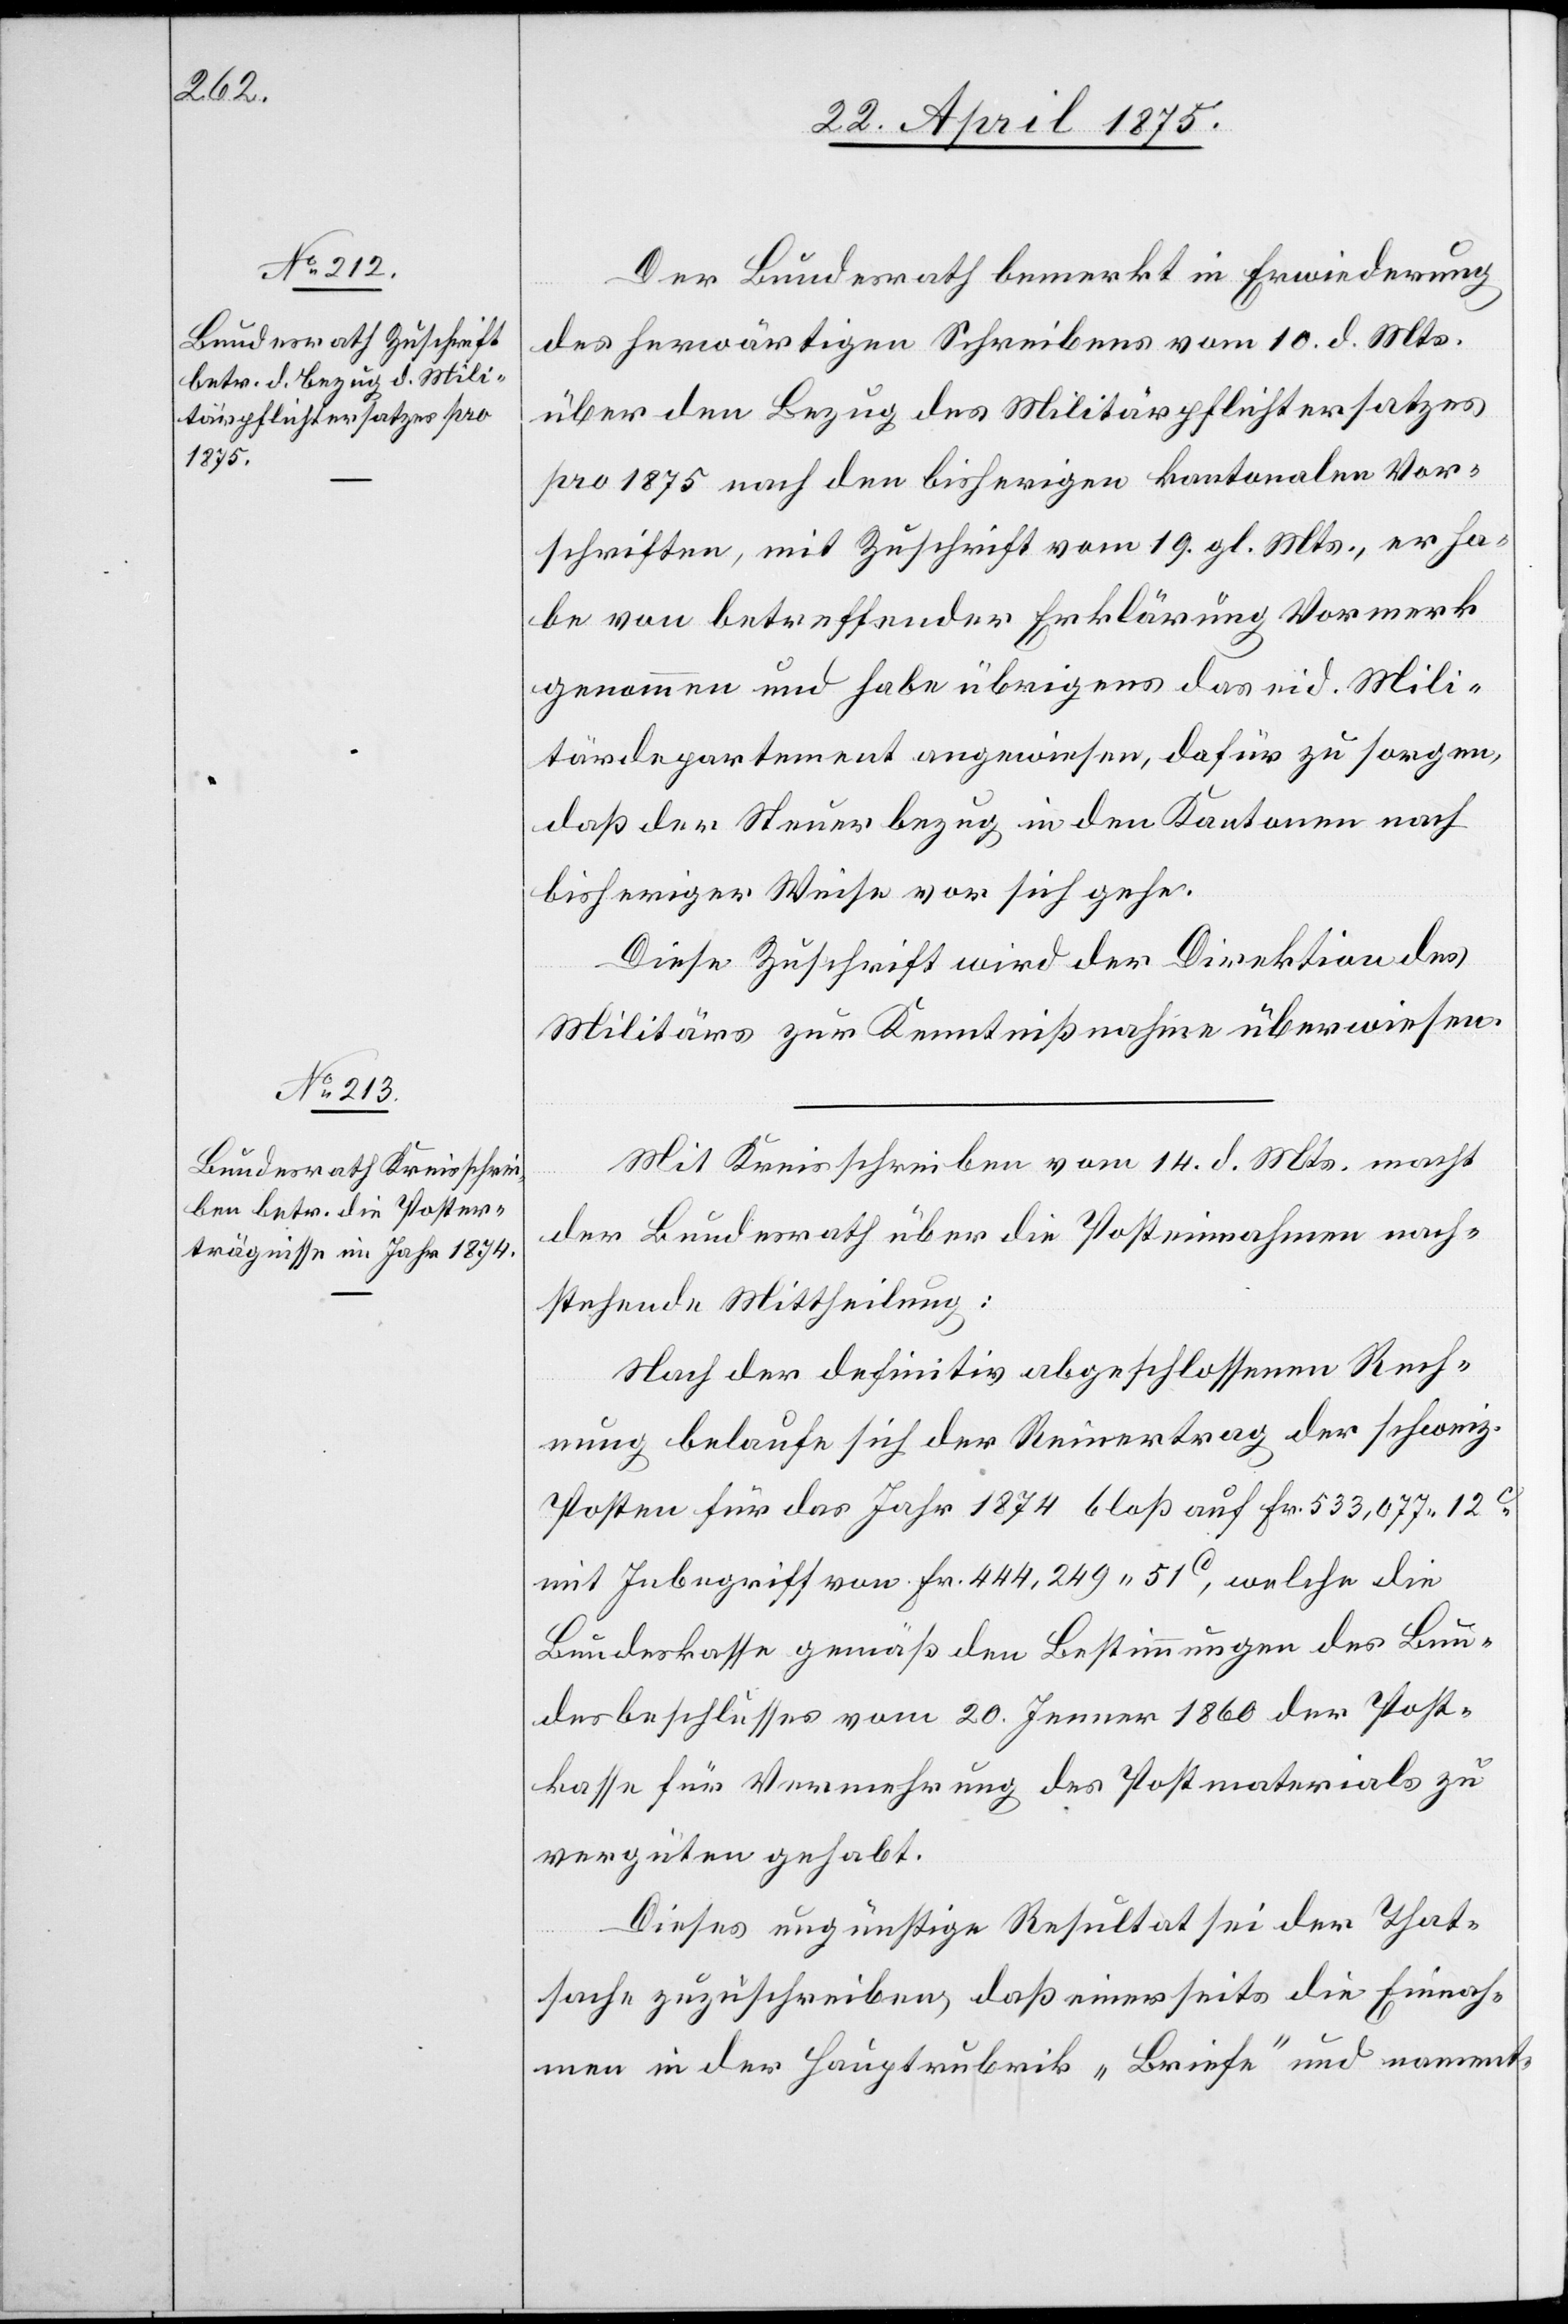
Der Bundesrath bemerkt in Erwiederung
des herwärtigen Schreibens vom 10. d. Mts.
über den Bezug des Militärpflichtersatzes
pro 1875 nach den bisherigen kantonalen Vor¬
schriften, mit Zuschrift vom 19. gl. Mts., er ha¬
be von betreffender Erklärung Vormerk
genommen und habe übrigens das eid. Mili¬
tärdepartement angewiesen, dafür zu sorgen,
daß der Steuerbezug in den Kantonen nach
bisheriger Weise vor sich gehe.
Diese Zuschrift wird der Direktion des
Militärs zur Kenntnißnahme überwiesen.
Mit Kreisschreiben vom 14. d. Mts. macht
der Bundesrath über die Posteinnahmen nach¬
stehende Mittheilung:
Nach der definitiv abgeschlossenen Rech¬
nung belaufe sich der Reinertrag der schweiz.
Posten für das Jahr 1874 bloß auf Fr. 533,077 12c
mit Inbegriff von Fr. 444,249 51c, welche die
Bundeskasse gemäß den Bestimmungen des Bun¬
desbeschlusses vom 20. Jenner 1860 der Post¬
kasse für Vermehrung des Postmaterials zu
vergüten gehabt.
Dieses ungünstige Resultat sei der That¬
sache zuzuschreiben, daß einerseits die Einnah¬
men in der Hauptrubrik „Briefe“ und nament-